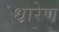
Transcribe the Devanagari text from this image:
धारेण